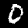
Digit: 0